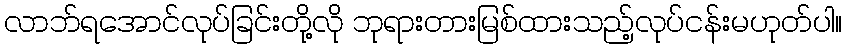
လာဘ်ရအောင်လုပ်ခြင်းတို့လို ဘုရားတားမြစ်ထားသည့်လုပ်ငန်းမဟုတ်ပါ။